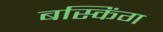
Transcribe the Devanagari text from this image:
बस्किंग